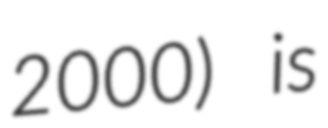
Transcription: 2000) is